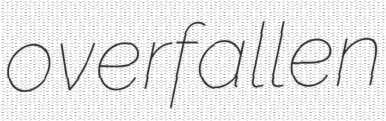
overfallen